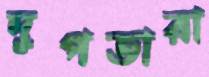
দুপতারা